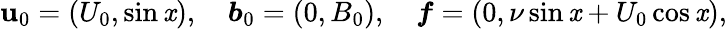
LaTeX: \boldsymbol{\mathbf{u}}_{0}=(U_{0},\sin\mathit{x}),\quad\boldsymbol{b}_{0}=(0,B_{0}),\quad\boldsymbol{f}=(0,\nu\sin\mathit{x}+U_{0}\cos\mathit{x}),